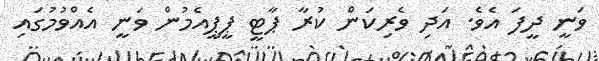
ވަނީ ދީފަ އެވެ. އަދި ވެރިކަން ކުރާ ޕާޓީ ޕީޕީއެމުން ވަނީ އެއްވުމުގައި